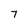
Character: 7